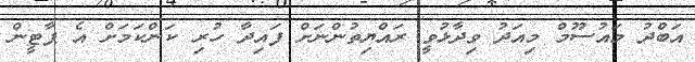
އަބްދު މައުސޫމް މިއަދު ވިދާޅުވީ ރައްޔިތުންނަށް ފައިދާ ހުރި ކަންކަމަށް އެ ޕާޓީން